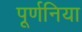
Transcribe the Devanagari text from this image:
पूर्णनिया